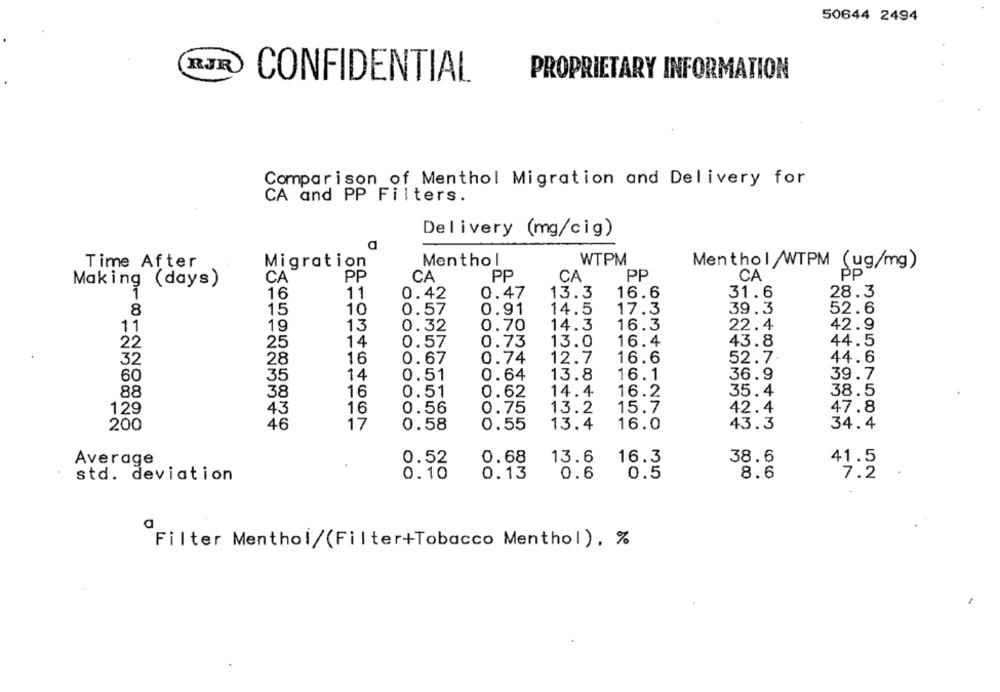
50644 2494
RJR
CONFIDENTIAL
PROPRIETARY INFORMATION
Comparison_of Menthol Migration and Delivery for
CA and PP Filters.
Delivery (mg/cig)
a
Time After
Menthol
WTPM
Migration
Menthol/WTPM (ug/mg)
PP
PP
PP
PP
Making (days)
CA
CA
CA
CA
16
11
0.42
0.47
13.3
16.6
31.6
28.3
8
15
10
0.91
14.5
17.3
39.3
52.6
0.57
11
19
13
0.32
0.70
14.3
16.3
22.4
42.9
22
25
14
0.57
0.73
13.0
16.4
43.8
44.5
32
28
16
0.74
12.7
16.6
52.7.
44.6
0.67
60
35
14
0.51
0.64
13.8
16.1
36.9
39.7
88
38
16
0.51
0.62
14.4
16.2
35.4
38.5
15.7
42.4
47.8
129
43
16
0.56
0.75
13.2
200
46
17
0.58
0.55
13.4
16.0
43.3
34.4
Average
0.52
0.68
13.6
16.3
38.6
41.5
std. deviation
0.10
0.13
0.6
0.5
8.6
7.2
Filter Menthol/(Filter+Tobacco Menthol), %